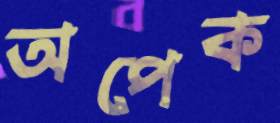
অপেক